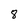
Character: 8